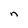
Character: n